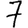
Digit: 7